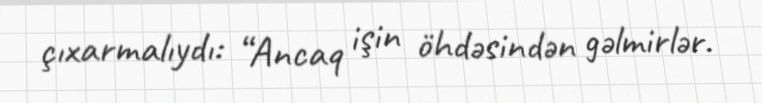
çıxarmalıydı: “Ancaq işin öhdəsindən gəlmirlər.